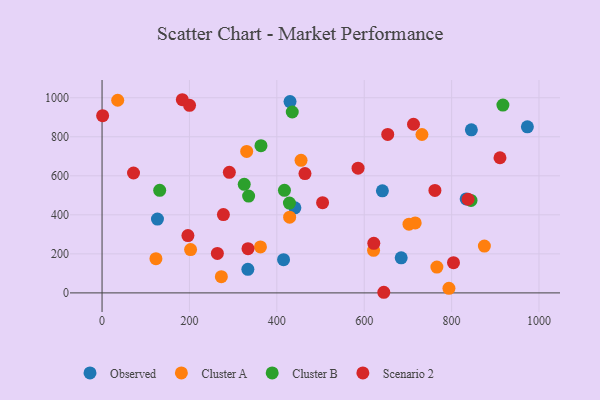
{"axis": {"x": "Distance", "y": "Exam Score"}, "legend": ["Cluster A", "Cluster B", "Observed", "Scenario 2"], "data": [{"x": "441.3", "y": 436.0, "type": "Observed"}, {"x": "973.4", "y": 851.0, "type": "Observed"}, {"x": "845.2", "y": 835.5, "type": "Observed"}, {"x": "415.4", "y": 170.3, "type": "Observed"}, {"x": "641.6", "y": 523.3, "type": "Observed"}, {"x": "833.3", "y": 481.5, "type": "Observed"}, {"x": "684.6", "y": 179.7, "type": "Observed"}, {"x": "333.7", "y": 120.6, "type": "Observed"}, {"x": "430.2", "y": 980.4, "type": "Observed"}, {"x": "126.8", "y": 378.1, "type": "Observed"}, {"x": "766.3", "y": 132.3, "type": "Cluster A"}, {"x": "732.1", "y": 811.8, "type": "Cluster A"}, {"x": "202.6", "y": 221.9, "type": "Cluster A"}, {"x": "621.4", "y": 218.4, "type": "Cluster A"}, {"x": "362.5", "y": 235.4, "type": "Cluster A"}, {"x": "455.4", "y": 679.6, "type": "Cluster A"}, {"x": "35.8", "y": 987.2, "type": "Cluster A"}, {"x": "429.3", "y": 388.0, "type": "Cluster A"}, {"x": "793.9", "y": 23.2, "type": "Cluster A"}, {"x": "331.0", "y": 725.0, "type": "Cluster A"}, {"x": "273.0", "y": 82.9, "type": "Cluster A"}, {"x": "875.0", "y": 240.0, "type": "Cluster A"}, {"x": "702.5", "y": 352.4, "type": "Cluster A"}, {"x": "716.7", "y": 358.6, "type": "Cluster A"}, {"x": "123.3", "y": 175.3, "type": "Cluster A"}, {"x": "917.4", "y": 962.5, "type": "Cluster B"}, {"x": "335.4", "y": 496.0, "type": "Cluster B"}, {"x": "428.8", "y": 460.3, "type": "Cluster B"}, {"x": "325.4", "y": 556.3, "type": "Cluster B"}, {"x": "417.4", "y": 525.6, "type": "Cluster B"}, {"x": "844.4", "y": 474.1, "type": "Cluster B"}, {"x": "131.9", "y": 525.8, "type": "Cluster B"}, {"x": "363.7", "y": 754.5, "type": "Cluster B"}, {"x": "435.3", "y": 926.9, "type": "Cluster B"}, {"x": "72.0", "y": 614.4, "type": "Scenario 2"}, {"x": "277.7", "y": 401.2, "type": "Scenario 2"}, {"x": "263.9", "y": 202.3, "type": "Scenario 2"}, {"x": "200.2", "y": 961.3, "type": "Scenario 2"}, {"x": "644.8", "y": 3.2, "type": "Scenario 2"}, {"x": "804.3", "y": 154.9, "type": "Scenario 2"}, {"x": "621.9", "y": 254.1, "type": "Scenario 2"}, {"x": "464.4", "y": 611.3, "type": "Scenario 2"}, {"x": "183.7", "y": 989.9, "type": "Scenario 2"}, {"x": "910.7", "y": 692.5, "type": "Scenario 2"}, {"x": "291.3", "y": 617.8, "type": "Scenario 2"}, {"x": "196.5", "y": 293.9, "type": "Scenario 2"}, {"x": "837.6", "y": 479.9, "type": "Scenario 2"}, {"x": "334.0", "y": 226.5, "type": "Scenario 2"}, {"x": "1.3", "y": 908.4, "type": "Scenario 2"}, {"x": "585.9", "y": 639.0, "type": "Scenario 2"}, {"x": "653.8", "y": 812.1, "type": "Scenario 2"}, {"x": "761.8", "y": 525.3, "type": "Scenario 2"}, {"x": "504.7", "y": 462.1, "type": "Scenario 2"}, {"x": "712.8", "y": 864.1, "type": "Scenario 2"}]}